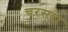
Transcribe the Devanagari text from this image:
चरसदा